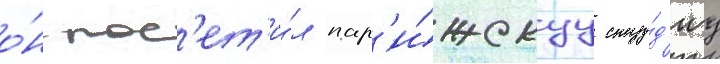
о́н пос'ет'и́л пар'и́жскуу сту́д'иу